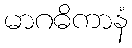
မာဂဓိကာနံ